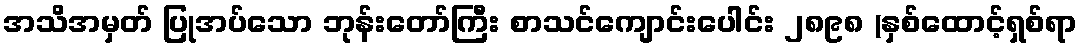
အသိအမှတ် ပြုအပ်သော ဘုန်းတော်ကြီး စာသင်ကျောင်းပေါင်း ၂၈၉၈ (နှစ်ထောင့်ရှစ်ရာ